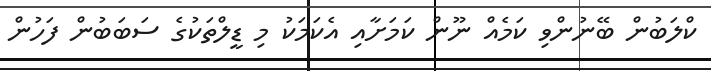
ކްލަބުން ބޭނުންވި ކަމެއް ނޫން ކަމަށާއި އެކަމަކު މި ޑީލްތަކުގެ ސަބަބުން ފަހުން